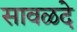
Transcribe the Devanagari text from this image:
सावळदे